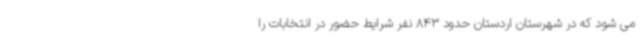
می شود که در شهرستان اردستان حدود 843 نفر شرایط حضور در انتخابات را